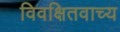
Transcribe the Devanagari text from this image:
विवक्षितवाच्य